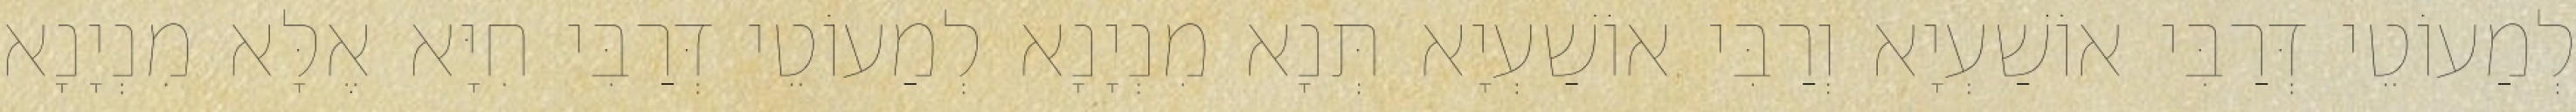
לְמַעוֹטֵי דְּרַבִּי אוֹשַׁעְיָא וְרַבִּי אוֹשַׁעְיָא תְּנָא מִנְיָנָא לְמַעוֹטֵי דְּרַבִּי חִיָּא אֶלָּא מִנְיָנָא